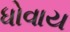
ધોવાય